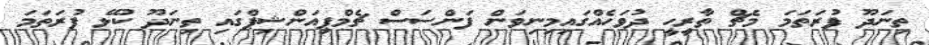
ތިނަދޫ ފުރަތަމަ މެޗް ތާރީހީ ދުވަހެއްގައިމިނިވަން ފަންސަސް ޗެމްޕިއަންޝިޕްގައި ތިނަދޫ ކުޅޭ ފުރަތަމަ